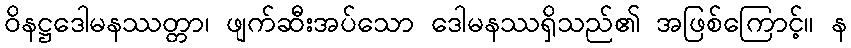
ဝိနဋ္ဌဒေါမနဿတ္တာ၊ ဖျက်ဆီးအပ်သော ဒေါမနဿရှိသည်၏ အဖြစ်ကြောင့်။ န